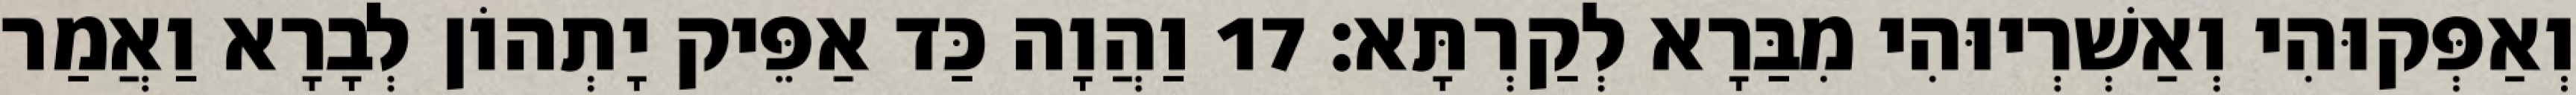
וְאַפְּקוּהִי וְאַשְׁרְיוּהִי מִבַּרָא לְקַרְתָּא׃ 17 וַהֲוָה כַּד אַפֵּיק יָתְהוֹן לְבָרָא וַאֲמַר